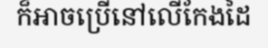
ក៏អាចប្រើនៅលើកែងដៃ